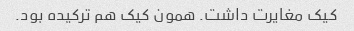
کیک مغایرت داشت. همون کیک هم ترکیده بود.